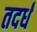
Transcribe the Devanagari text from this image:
तदर्धं